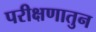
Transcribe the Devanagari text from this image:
परीक्षणातुन